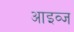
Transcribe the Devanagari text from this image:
आइव्ज